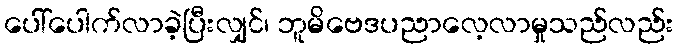
ပေါ်ပေါက်လာခဲ့ပြီးလျှင်၊ ဘူမိဗေဒပညာလေ့လာမှုသည်လည်း